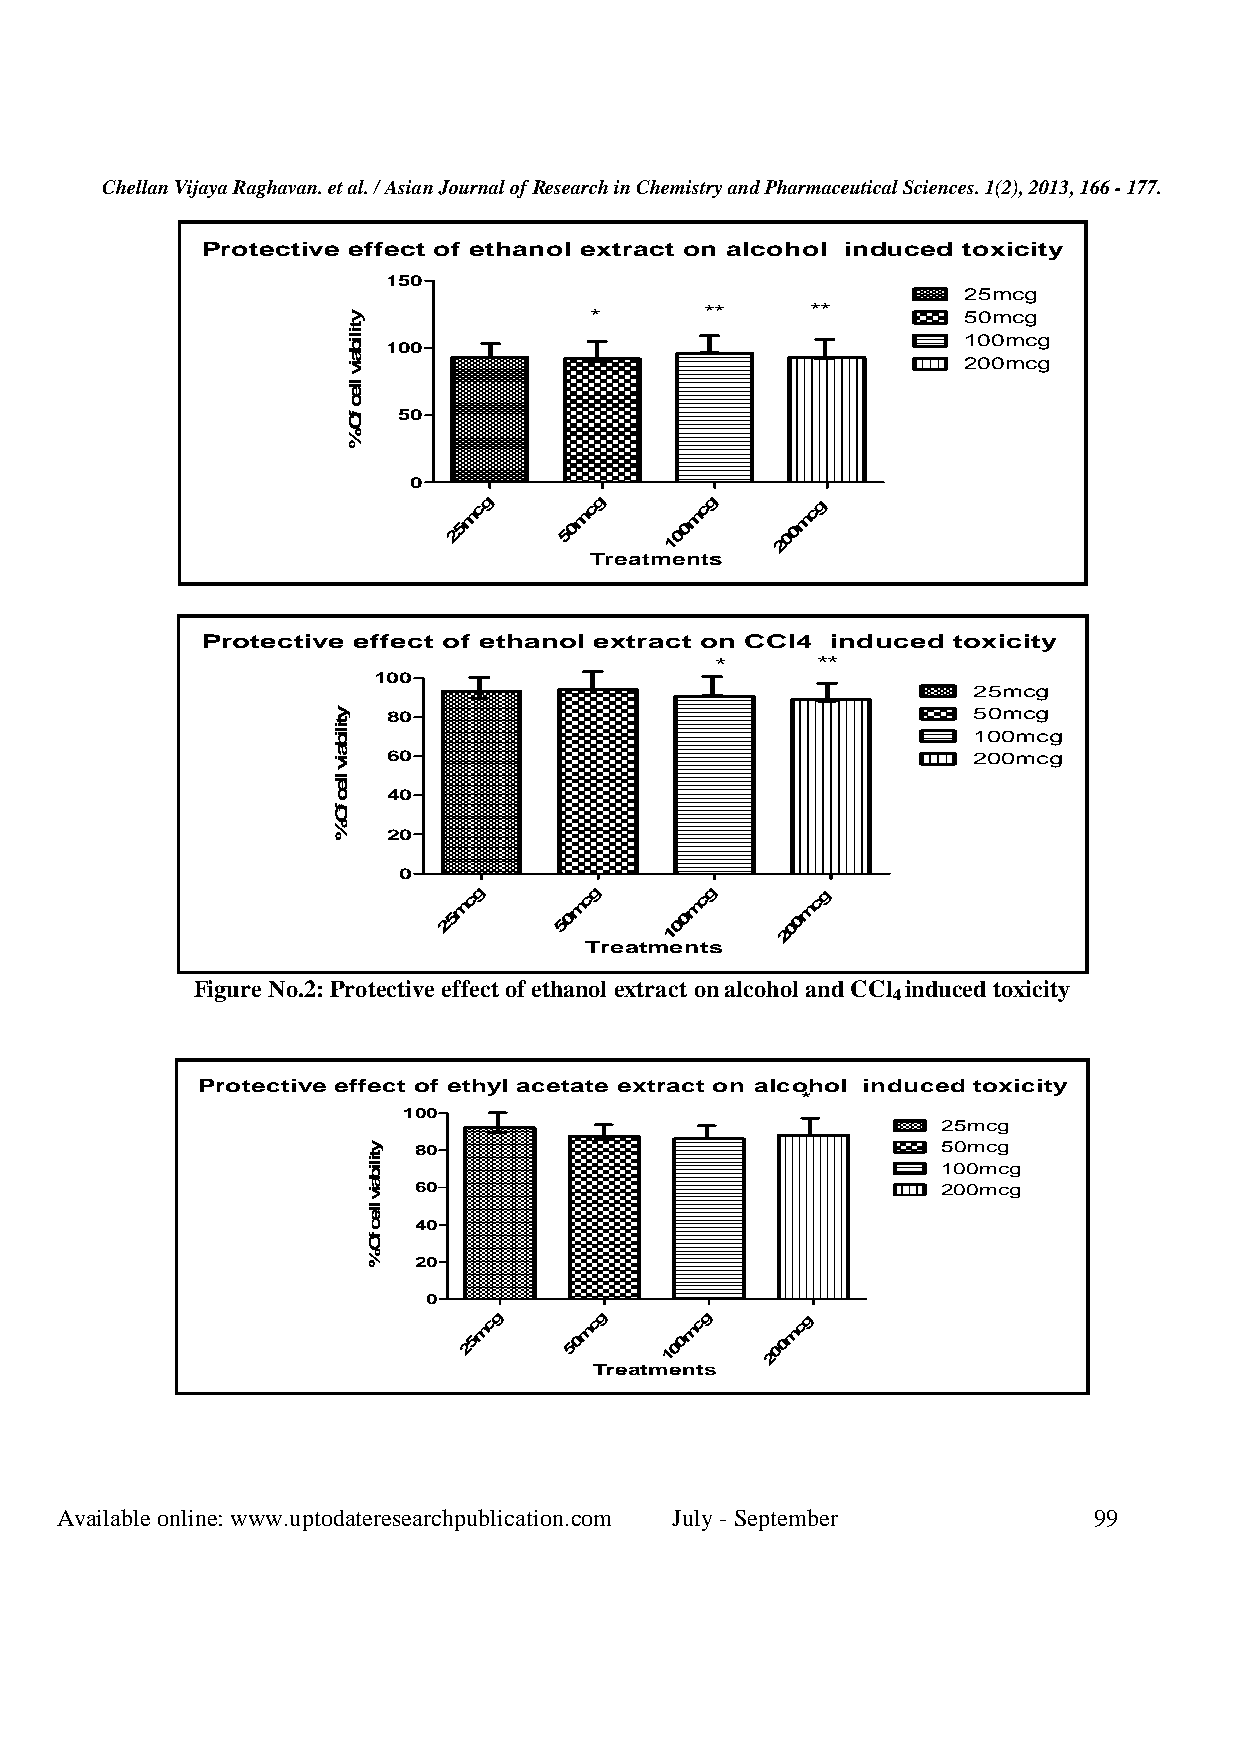
Chellan Vijaya Raghavan. et al. / Asian Journal of Research in Chemistry and Pharmaceutical Sciences. 1(2), 2013, 166 - 177.
 Protective effect of ethanol extract on alcohol induced toxicity
 150
 25mcg
 *       **     **        50mcg
 100mcg
 100
 200mcg
 50
 0
 mcg    mcg     mcg    mcg
 25     50     100     200
 Treatments
 Protective effect of ethanol extract on CCl4 induced toxicity
 *      **
 100
 25mcg
 80                                    50mcg
 100mcg
 60                                    200mcg
 40
 20
 0
 mc g    mc g    mc g   mc g
 25      50     100     200
 Treatments
 Figure No.2: Protective effect of ethanol extract on alcohol and CCl induced toxicity
 4
 Protective effect of ethyl acetate extract on alcohol induced toxicity
 *
 100
 25mcg
 80                                 50mcg
 100mcg
 60                                 200mcg
 40
 20
 0
 mcg    mcg    mcg   mcg
 25     50    100    200
 Treatments
 Available online: www.uptodateresearchpublication.com July - September 99
 ytilibaiv
 llec
 fO%
 ytilibaiv
 llec
 fO%
 ytilibaiv
 llec
 fO%